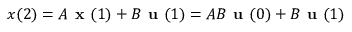
x ( 2 ) = A { \textbf { x } } ( 1 ) + B { \textbf { u } } ( 1 ) = A B { \textbf { u } } ( 0 ) + B { \textbf { u } } ( 1 )